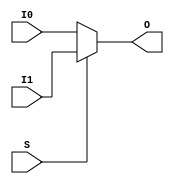
module beh_vlog_muxf7_v8_2 (O, I0, I1, S);
    output O;
    reg    O;
    input  I0, I1, S;
	always @(I0 or I1 or S) 
	    if (S)
		O = I1;
	    else
		O = I0;
endmodule